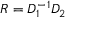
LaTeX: { \cal R } = { \cal D } _ { 1 } ^ { - 1 } { \cal D } _ { 2 }